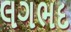
લગભદ